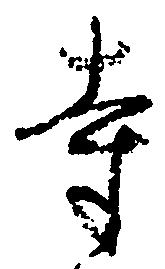
寺